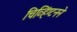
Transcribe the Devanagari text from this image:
चिव्हिंग्टनने